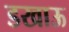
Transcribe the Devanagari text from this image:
डखाऊ